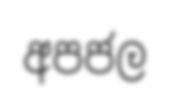
අපජල